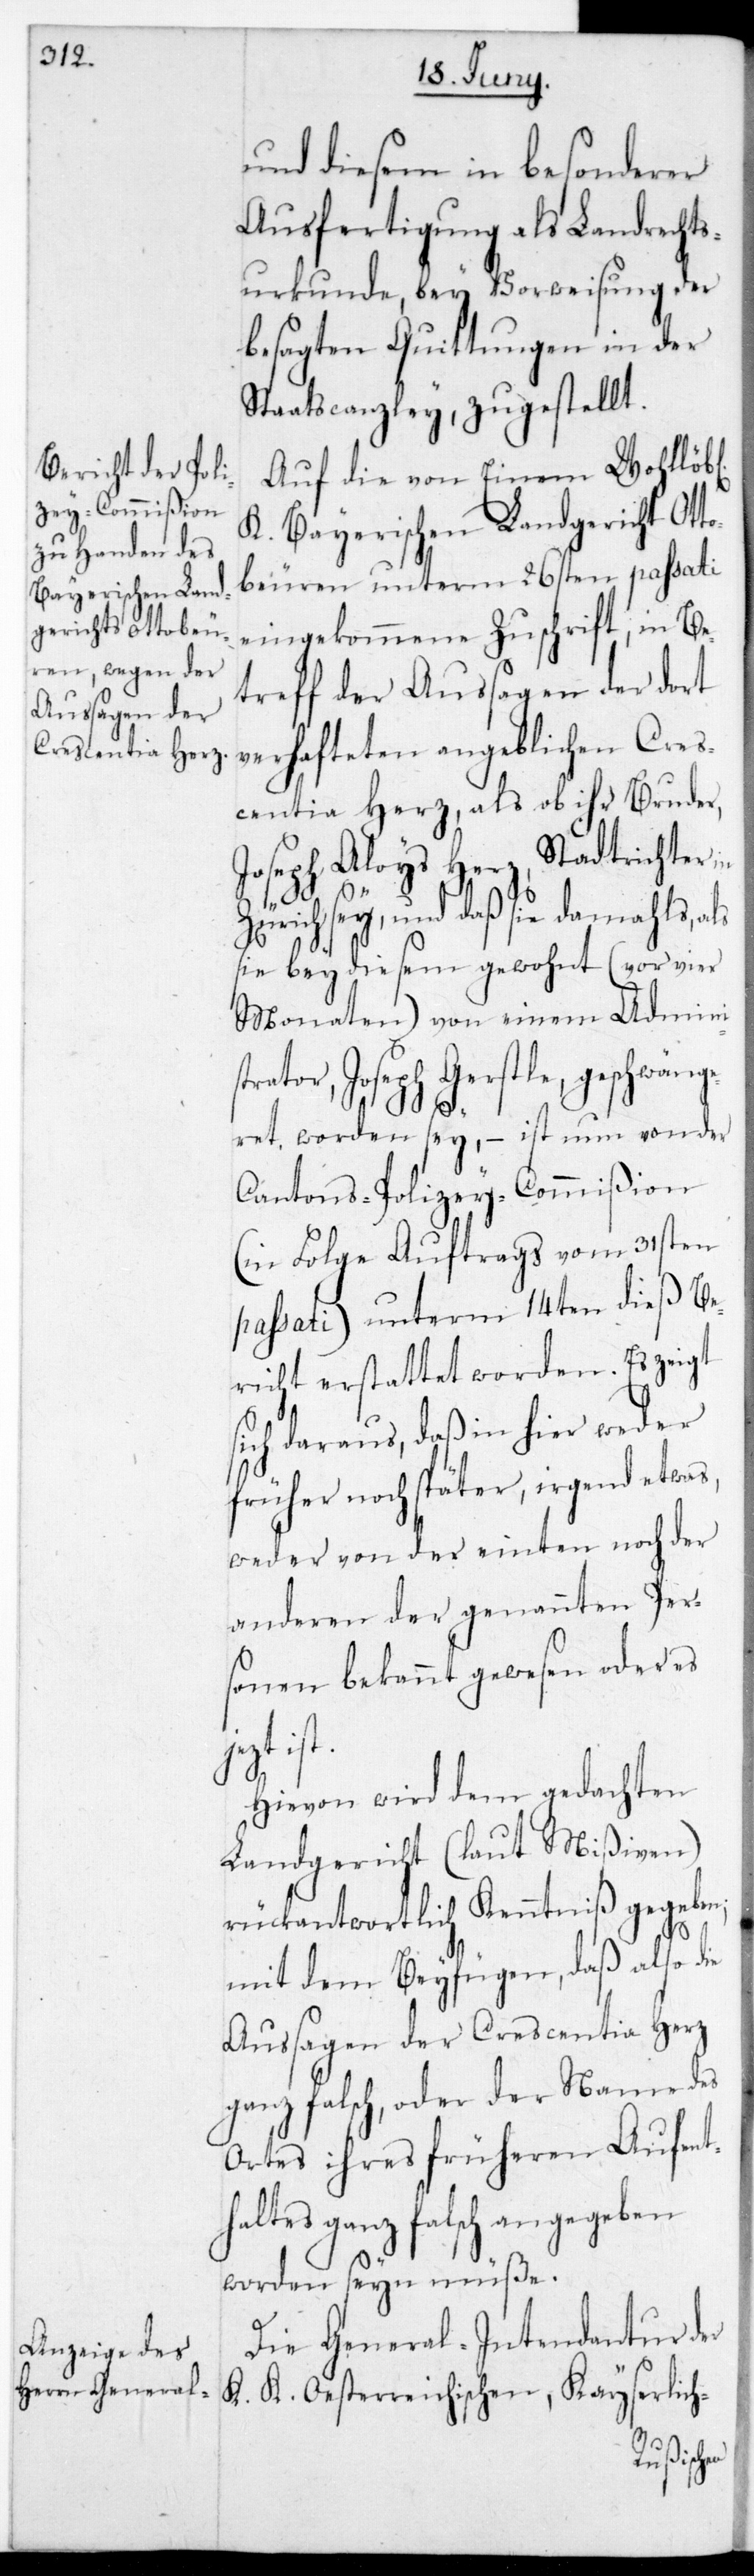
und diesem in besonderer
Ausfertigung als Landrechts¬
urkunde, bey Vorweisung der
besagten Quittungen in der
Staatscanzley zugestellt.
Auf die von einem Wohllöbl.
K. Bayerischen Landgericht Ott¬
obeuren unterm 26sten passati
eingekommene Zuschrift, in Be¬
treff der Außagen der dort
verhafteten angeblichen Cres¬
centia Herz, als ob ihr Bruder,
Joseph Aloys Herz, Stadtrichter
Zürich sey, und daß sie damahls, als
sie bey diesem gewohnt (vor vier
Monaten) von einem Adminis¬
trator, Joseph Gerstle, geschwäng¬
eret worden sey, – ist nun von der
Cantonspolizey-Commißion
(in Folge Auftrags vom 31sten
passati) unterm 14ten dieß Be¬
richt erstattet worden. Es zeigt
sich daraus, daß in hier weder
früher noch später irgend etwas,
weder von der einten noch der
anderen der genannten Per¬
son bekannt gewesen oder es
zt ist.
Hievon wird dem gedachten
Landgericht (laut Mißiven)
rückantwortlich Kenntniß gegeben;
mit dem Beyfügen, daß also die
Außagen der Crescentia Herz
ganz falsch, oder der Name des
Ortes ihres früheren Aufent¬
haltes ganz falsch angegeben
worden sein müße.
Die General-Intendantur der
K. K. Oesterreichischen, Kayserlich-